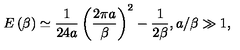
E \left( \beta \right) \simeq \frac { 1 } { 2 4 a } \left( \frac { 2 \pi a } { \beta } \right) ^ { 2 } - \frac { 1 } { 2 \beta } , a / \beta \gg 1 ,